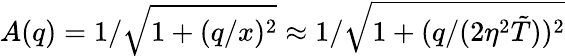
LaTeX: A(q)=1/\sqrt{1+(q/x)^{2}}\approx 1/\sqrt{1+(q/(2\eta^{2}\tilde{T}))^{2}}